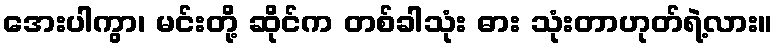
အေးပါကွာ၊ မင်းတို့ ဆိုင်က တစ်ခါသုံး ဓား သုံးတာဟုတ်ရဲ့လား။